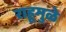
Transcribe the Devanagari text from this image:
राहूमुळे